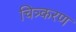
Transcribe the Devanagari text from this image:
चित्र्करण